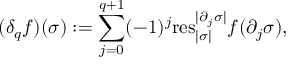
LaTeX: \quad ( \delta _ { q } f ) ( \sigma ) : = \sum _ { j = 0 } ^ { q + 1 } ( - 1 ) ^ { j } \mathrm { r e s } _ { | \sigma | } ^ { | \partial _ { j } \sigma | } f ( \partial _ { j } \sigma ) ,